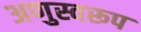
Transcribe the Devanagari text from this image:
अणुस्वरूप